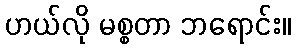
ဟယ်လို မစ္စတာ ဘရောင်း။